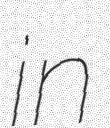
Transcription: in